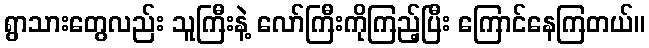
ရွာသားတွေလည်း သူကြီးနဲ့ လော်ကြီးကိုကြည့်ပြီး ကြောင်နေကြတယ်။